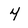
Character: 4